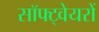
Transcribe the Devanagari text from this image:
सॉफ्ट्वेयरों